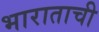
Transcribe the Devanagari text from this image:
भाराताची